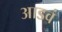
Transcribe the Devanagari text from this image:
आडवं